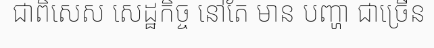
ជាពិសេស សេដ្ឋកិច្ច នៅតែ មាន បញ្ហា ជាច្រើន